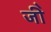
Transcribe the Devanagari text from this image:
जीे